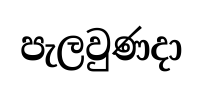
පැලවුණදා